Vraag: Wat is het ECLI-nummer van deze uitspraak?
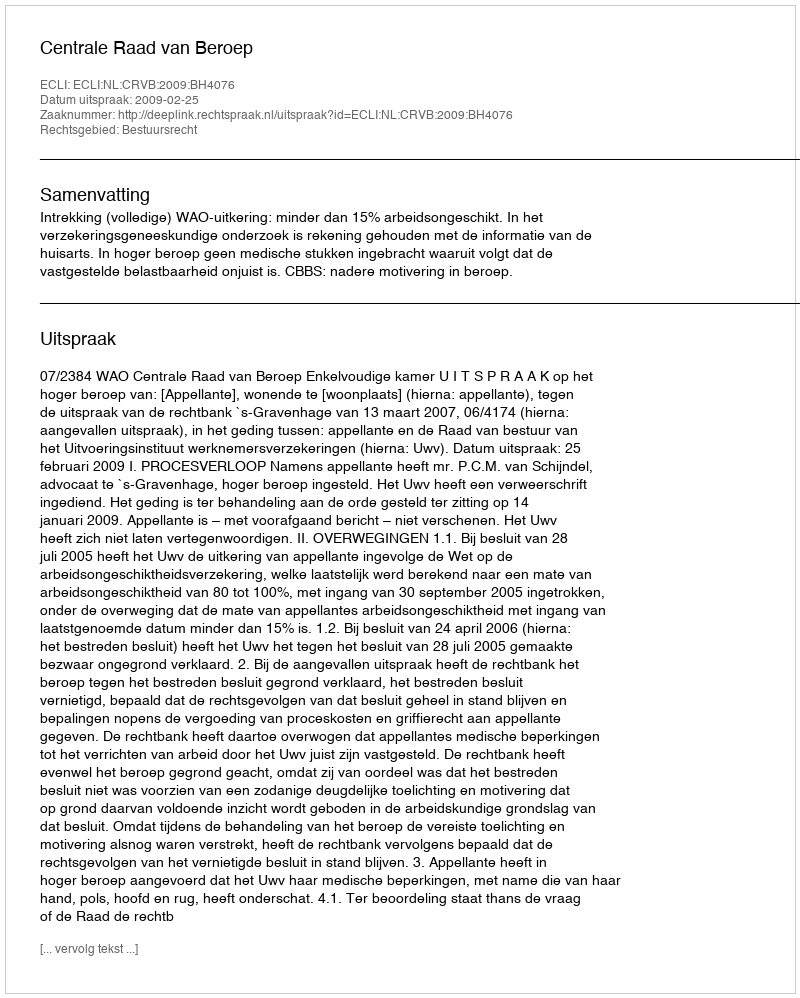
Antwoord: ECLI:NL:CRVB:2009:BH4076